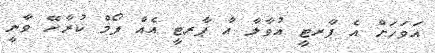
އަވަހަށް އެ ޕާރޓީ އުވާލާ އާ ޕާރޓީ އެއް ފޯމް ކުރާށޭ ވާނީ